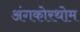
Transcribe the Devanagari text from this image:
अंगकोरथोम